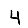
Digit: 4